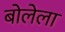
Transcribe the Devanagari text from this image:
बोलेला